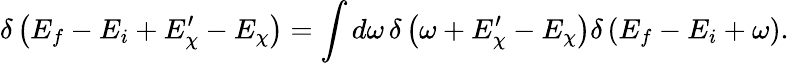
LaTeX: \delta\left(E_{f}-E_{i}+E_{\chi}^{\prime}-E_{\chi}\right)=\int d\omega\, \delta\left(\omega+E_{\chi}^{\prime}-E_{\chi}\right)\delta\left(E_{f}-E_{i}+\omega\right).